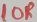
Text: 10R